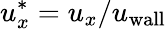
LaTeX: u_{x}^{\ast}=u_{x}/u_{\mathrm{wall}}